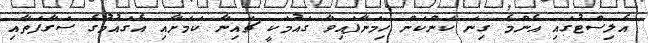
އެލިސްޓުގައި އެންމެ ގިނަ ކަންކަން ހިމަނާފައިވާ ގައުމަކީ ޗައިނާ ކަމަށާއި އެގައުމުގެ ސަގާފަތާއި